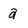
Character: a